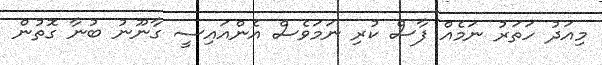
މިއަދު ހަތަރު ނަމެއް ފާސް ކުރި ނަމަވެސް އެންއައިސީ ގާނޫނު ބުނާ ގޮތުން